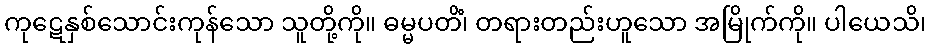
ကုဋေနှစ်သောင်းကုန်သော သူတို့ကို။ ဓမ္မပတိံ၊ တရားတည်းဟူသော အမြိုက်ကို။ ပါယေသိ၊